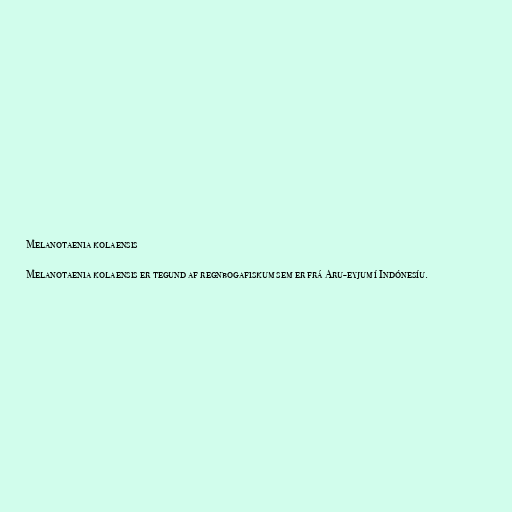
Melanotaenia kolaensis

Melanotaenia kolaensis er tegund af regnbogafiskum sem er frá Aru-eyjum í Indónesíu.